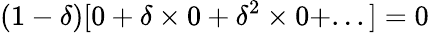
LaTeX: (1-\delta)[0+\delta\times 0+\delta^{2}\times 0+...]=0